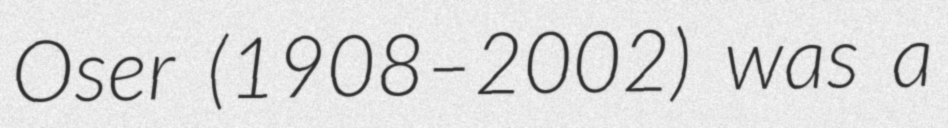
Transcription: Oser (1908–2002) was a